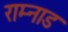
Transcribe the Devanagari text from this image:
राम्नाड